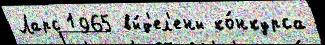
Ларс 1965 вы́д'ел'ены ко́нкурса